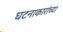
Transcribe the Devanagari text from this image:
घटनाकारांच्या